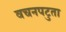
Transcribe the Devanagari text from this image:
वचनपटुता